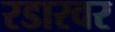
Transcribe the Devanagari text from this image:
रडारवर